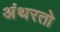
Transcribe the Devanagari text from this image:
अंथरतो